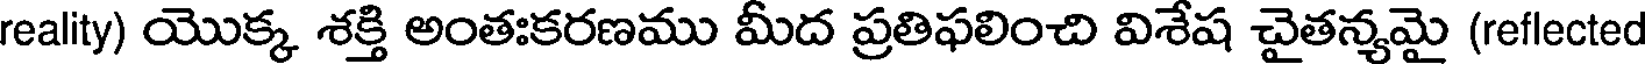
reality) యొక్క శక్తి అంతఃకరణము మీద ప్రతిఫలించి విశేష చైతన్యమై (reflected